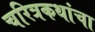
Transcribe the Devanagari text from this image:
चरित्रकथांचा